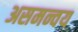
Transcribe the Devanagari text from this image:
असमन्वय